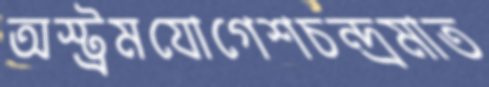
অস্ট্রমযোগেশচন্দ্রমাত